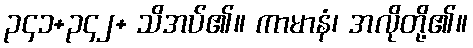
၃၄၁+၃၄၂+ သိအပ်၏။ ကာမာနံ၊ အလိုတို့၏။